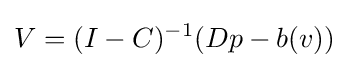
V=(I-C)^{-1}(Dp-b(v))